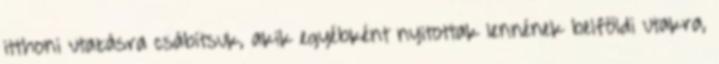
itthoni utazásra csábítsuk, akik egyébként nyitottak lennének belföldi utakra,